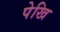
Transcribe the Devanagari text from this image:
पेखि